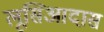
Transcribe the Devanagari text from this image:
लूसिआदास